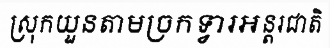
ស្រុកយួនតាមច្រកទ្វារអន្តរជាតិ